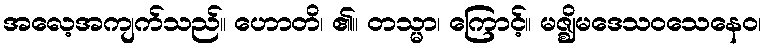
အလေ့အကျက်သည်။ ဟောတိ၊ ၏။ တသ္မာ၊ ကြောင့်။ မဇ္ဈိမဒေသဝသေနေဝ၊